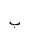
Letter: _ba